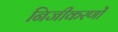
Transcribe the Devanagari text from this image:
निजीकरणों